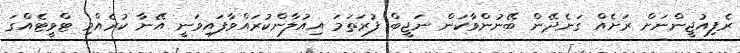
ރެފިއުޖީންނަށް ރަށެއް ގަނެދޭން ބޭނުންވާކަން ނަޖީބް ފުރަތަމަ އިއުލާންކުރައްވާފައިވަނީ އޭނާ ކުރެއްވި ޓްވީޓެއްގަ